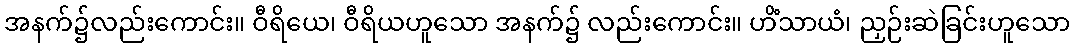
အနက်၌လည်းကောင်း။ ဝီရိယေ၊ ဝီရိယဟူသော အနက်၌ လည်းကောင်း။ ဟိံသာယံ၊ ညှဉ်းဆဲခြင်းဟူသော